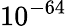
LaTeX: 10^{-64}